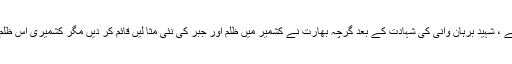
اس کے پیچھے تین نسلوں کا لہو ہے ، شہید برہان وانی کی شہادت کے بعد گرچہ بھارت نے کشمیر میں ظلم اور جبر کی نئی مثا لیں قائم کر دیں مگر کشمیری اس ظلم کے سامنے جھکنے کو تیار نہیں۔